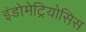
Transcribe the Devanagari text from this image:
इंडोमेट्रियोसिस